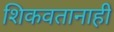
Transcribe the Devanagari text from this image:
शिकवतानाही